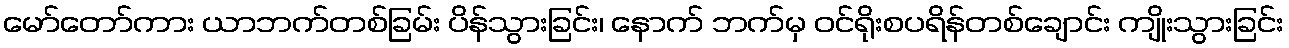
မော်တော်ကား ယာဘက်တစ်ခြမ်း ပိန်သွားခြင်း၊ နောက် ဘက်မှ ဝင်ရိုးစပရိန်တစ်ချောင်း ကျိုးသွားခြင်း